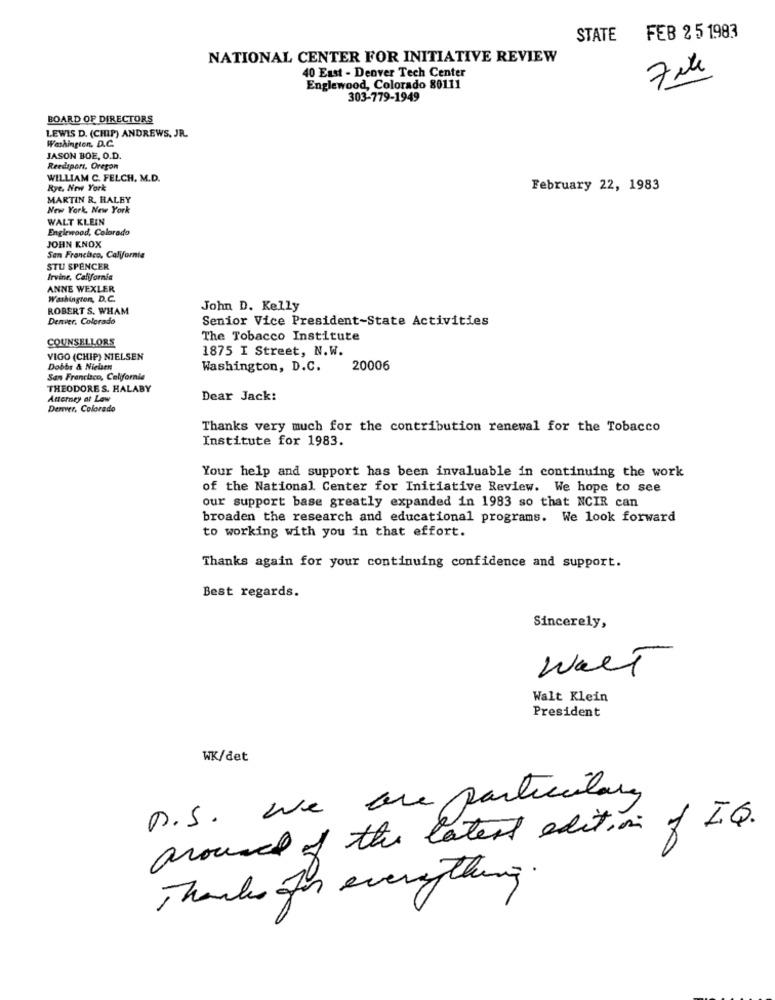
STATE
FEB 2 5 1983
NATIONAL CENTER FOR INITIATIVE REVIEW
3
40 East - Denver Tech Center
Englewood, Colorado 80111
303-779-1949
BOARD OF DIRECTORS
LEWIS D. (CHIP) ANDREWS, JR.
Washington, D.C.
JASON BOE, O.D.
Reedsport, Oregon
WILLIAM C. FELCH. M.D.
Rye. New York
February 22, 1983
MARTIN R. HALEY
New York, New York
WALT KLEIN
Englewood, Colorado
JOHN KNOX
San Francisco, California
STU SPENCER
Irvine, California
ANNE WEXLER
Washington, D.C.
ROBERT S. WHAM
John D. Kelly
Denver, Colorado
Senior Vice President-State Activities
COUNSELLORS
The Tobacco Institute
1875 I Street, N.W.
VIGO (CHIP) NIELSEN
Dobbs & Nielsen
Washington, D.C.
20006
San Francisco, California
THEODORE S. HALABY
Atterney at Low
Dear Jack:
Denver, Colorado
Thanks very much for the contribution renewal for the Tobacco
Institute for 1983.
Your help and support has been invaluable in continuing the work
of the National Center for Initiative Review. We hope to see
our support base greatly expanded in 1983 so that NCIR can
broaden the research and educational programs. We look forward
to working with you in that effort.
Thanks again for your continuing confidence and support.
Best regards.
Sincerely,
walt
Walt Klein
President
WK/det
p.S. we are particulary
around of the latest edition of I.Q.
Thanks for everything.